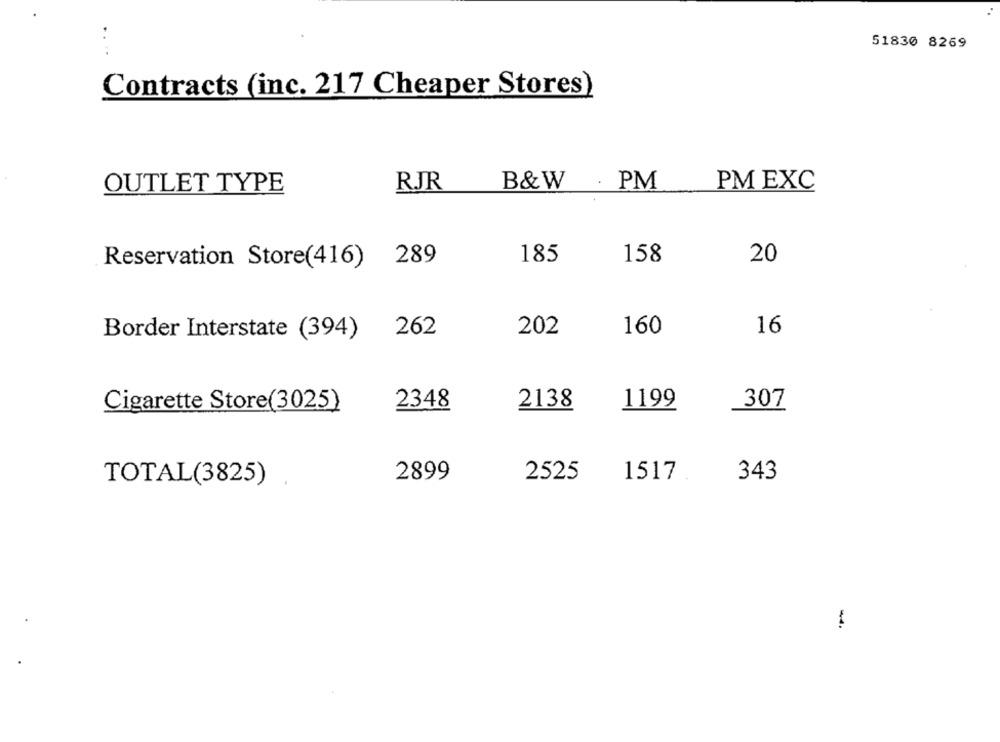
51830 8269
Contracts (inc. 217 Cheaper Stores)
B&W
. PM
PM EXC
OUTLET TYPE
RJR
289
185
158
20
Reservation Store(416)
Border Interstate (394)
202
160
16
262
Cigarette Store(3025)
2348
2138
1199
307
TOTAL(3825)
2899
2525
1517
343
-